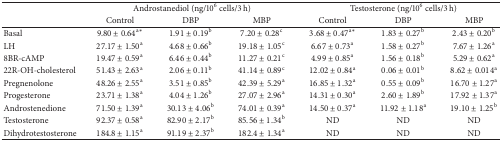
<table><thead><tr><td><b> </b></td><td colspan="3"><b>Androstanediol (ng/10<sup>6</sup> cells/3 h)</b></td><td colspan="3"><b>Testosterone (ng/10<sup>6</sup> cells/3 h)</b></td></tr><tr><td><b> </b></td><td><b>Control</b></td><td><b>DBP</b></td><td><b>MBP</b></td><td><b>Control</b></td><td><b>DBP</b></td><td><b>MBP</b></td></tr></thead><tbody><tr><td>Basal</td><td>9.80 ± 0.64<sup>a<i>∗</i></sup></td><td>1.91 ± 0.19<sup>b</sup></td><td>7.20 ± 0.28<sup>c</sup></td><td>3.68 ± 0.47<sup>a<i>∗</i></sup></td><td>1.83 ± 0.27<sup>b</sup></td><td>2.43 ± 0.20<sup>b</sup></td></tr><tr><td>LH</td><td>27.17 ± 1.50<sup>a</sup></td><td>4.68 ± 0.66<sup>b</sup></td><td>19.18 ± 1.05<sup>c</sup></td><td>6.67 ± 0.73<sup>a</sup></td><td>1.58 ± 0.27<sup>b</sup></td><td>7.67 ± 1.26<sup>a</sup></td></tr><tr><td>8BR-cAMP</td><td>19.47 ± 0.59<sup>a</sup></td><td>6.46 ± 0.44<sup>b</sup></td><td>11.27 ± 0.21<sup>c</sup></td><td>4.99 ± 0.85<sup>a</sup></td><td>1.56 ± 0.18<sup>b</sup></td><td>5.29 ± 0.62<sup>a</sup></td></tr><tr><td>22R-OH-cholesterol</td><td>51.43 ± 2.63<sup>a</sup></td><td>2.06 ± 0.11<sup>b</sup></td><td>41.14 ± 0.89<sup>c</sup></td><td>12.02 ± 0.84<sup>a</sup></td><td>0.06 ± 0.01<sup>b</sup></td><td>8.62 ± 0.014<sup>a</sup></td></tr><tr><td>Pregnenolone</td><td>48.26 ± 2.55<sup>a</sup></td><td>3.51 ± 0.85<sup>b</sup></td><td>42.39 ± 5.29<sup>a</sup></td><td>16.85 ± 1.32<sup>a</sup></td><td>0.55 ± 0.09<sup>b</sup></td><td>16.70 ± 1.27<sup>a</sup></td></tr><tr><td>Progesterone</td><td>23.71 ± 1.38<sup>a</sup></td><td>4.04 ± 1.26<sup>b</sup></td><td>27.07 ± 2.96<sup>a</sup></td><td>14.31 ± 0.30<sup>a</sup></td><td>2.60 ± 1.89<sup>b</sup></td><td>17.92 ± 1.37<sup>a</sup></td></tr><tr><td>Androstenedione</td><td>71.50 ± 1.39<sup>a</sup></td><td>30.13 ± 4.06<sup>b</sup></td><td>74.01 ± 0.39<sup>a</sup></td><td>14.50 ± 0.37<sup>a</sup></td><td>11.92 ± 1.18<sup>a</sup></td><td>19.10 ± 1.25<sup>b</sup></td></tr><tr><td>Testosterone</td><td>92.37 ± 0.58<sup>a</sup></td><td>82.90 ± 2.17<sup>b</sup></td><td>85.56 ± 1.34<sup>b</sup></td><td>ND</td><td>ND</td><td>ND</td></tr><tr><td>Dihydrotestosterone</td><td>184.8 ± 1.15<sup>a</sup></td><td>91.19 ± 2.37<sup>b</sup></td><td>182.4 ± 1.34<sup>a</sup></td><td>ND</td><td>ND</td><td>ND</td></tr></tbody></table>